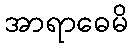
အာရာဓေမိ